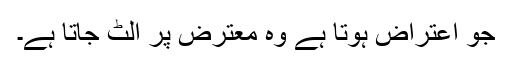
جو اعتراض ہوتا ہے وہ معترض پر الٹ جاتا ہے۔